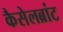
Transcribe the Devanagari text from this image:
कैसेलब्रांट